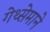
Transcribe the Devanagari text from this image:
गेथ्सेमाने